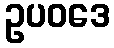
ဥပဝဒေ